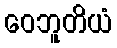
ဝေဘူတိယံ